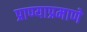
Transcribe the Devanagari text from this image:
प्राण्याप्रमाणे